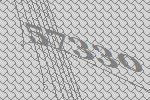
57330